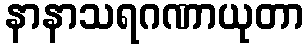
နာနာသရဂဏာယုတာ